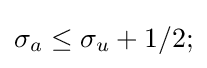
\sigma _{a}\leq \sigma _{u}+1/2;